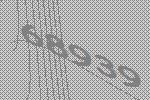
68939